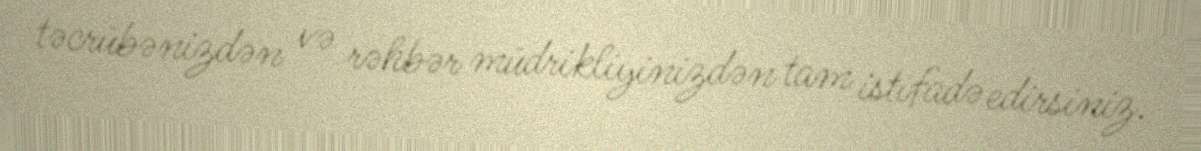
təcrübənizdən və rəhbər müdrikliyinizdən tam istifadə edirsiniz.